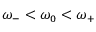
\omega _ { - } < \omega _ { 0 } < \omega _ { + }